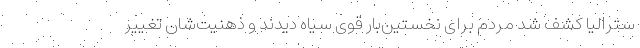
سترالیا کشف شد مردم برای نخستین‌بار قوی سیاه دیدند و ذهنیت‌شان تغییر